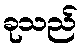
ခုသည်